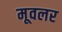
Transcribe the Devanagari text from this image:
मूवलर